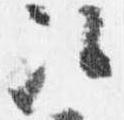
次